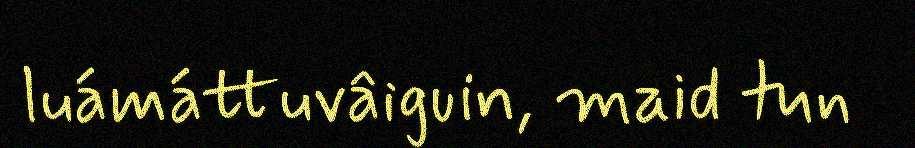
luámáttuvâiguin, maid tun